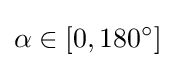
\alpha \in [0,180^{\circ }]